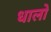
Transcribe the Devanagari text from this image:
धालो